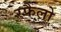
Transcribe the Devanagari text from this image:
रफैलो